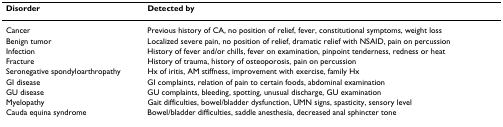
<table><thead><tr><td><b>Disorder</b></td><td><b>Detected by</b></td></tr></thead><tbody><tr><td>Cancer</td><td>Previous history of CA, no position of relief, fever, constitutional symptoms, weight loss</td></tr><tr><td>Benign tumor</td><td>Localized severe pain, no position of relief, dramatic relief with NSAID, pain on percussion</td></tr><tr><td>Infection</td><td>History of fever and/or chills, fever on examination, pinpoint tenderness, redness or heat</td></tr><tr><td>Fracture</td><td>History of trauma, history of osteoporosis, pain on percussion</td></tr><tr><td>Seronegative spondyloarthropathy</td><td>Hx of iritis, AM stiffness, improvement with exercise, family Hx</td></tr><tr><td>GI disease</td><td>GI complaints, relation of pain to certain foods, abdominal examination</td></tr><tr><td>GU disease</td><td>GU complaints, bleeding, spotting, unusual discharge, GU examination</td></tr><tr><td>Myelopathy</td><td>Gait difficulties, bowel/bladder dysfunction, UMN signs, spasticity, sensory level</td></tr><tr><td>Cauda equina syndrome</td><td>Bowel/bladder difficulties, saddle anesthesia, decreased anal sphincter tone</td></tr></tbody></table>